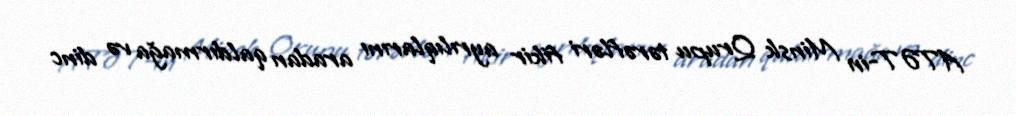
ATƏT-in Minsk Qrupu tərəfləri fikir ayrılıqlarını aradan qaldırmağa və dinc